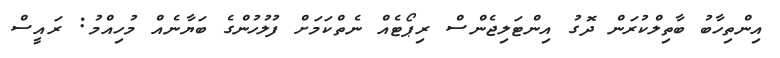
އިންތިހާބު ބާތިލްކުރަން ދޮގު އިންޓަލިޖެންސް ރިޕޯޓެއް ނެތްކަމަށް ފުލުހުންގެ ބަޔާނެއް މުހިއްމު: ރައީސް